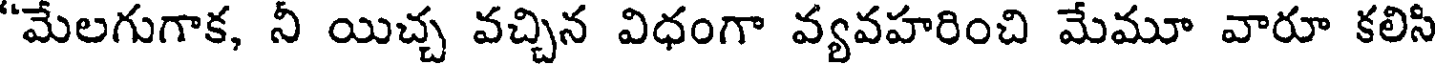
"మేలగుగాక, నీ యిచ్చ వచ్చిన విధంగా వ్యవహరించి మేమూ వారూ కలిసి